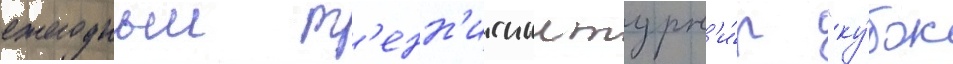
ежегодныи т'енн'исныи турн'и́р "ку́бок